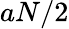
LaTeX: aN/2